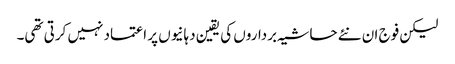
لیکن فوج ان نئے حاشیہ برداروں کی یقین دہانیوں پر اعتماد نہیں کرتی تھی۔